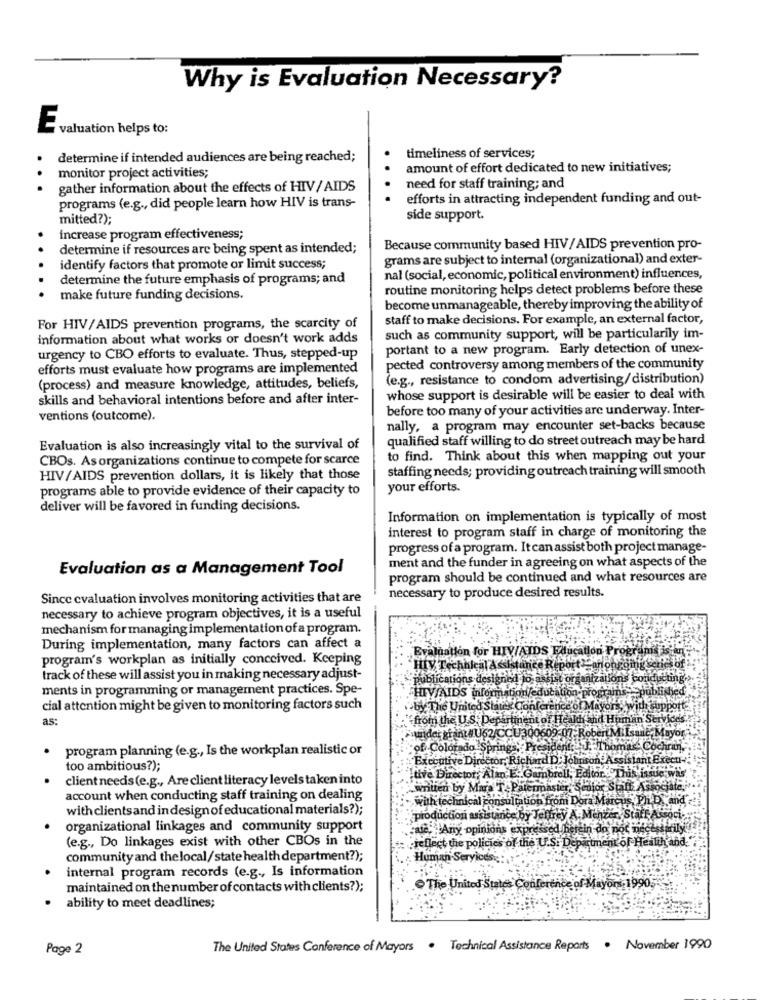
Why is Evaluation Necessary?
E.
valuation helps to:
determine if intended audiences are being reached;
timeliness of services;
amount of effort dedicated to new initiatives;
monitor project activities;
gather information about the effects of HIV/AIDS
need for staff training; and
programs (e.g ., did people learn how HIV is trans-
efforts in attracting independent funding and out-
mitted?);
side support.
Increase program effectiveness;
determine if resources are being spent as intended;
Because community based HIV/AIDS prevention pro-
grams are subject to internal (organizational) and exter-
identify factors that promote or limit success;
determine the future emphasis of programs; and
nal (social, economic, political environment) influences,
routine monitoring helps detect problems before these
make future funding decisions.
become unmanageable, thereby improving the ability of
staff to make decisions. For example, an external factor,
For HIV/AIDS prevention programs, the scarcity of
information about what works or doesn't work adds
such as community support, will be particularily im-
portant to a new program. Early detection of unex-
urgency to CBO efforts to evaluate. Thus, stepped-up
efforts must evaluate how programs are implemented
pected controversy among members of the community
(e.g ., resistance to condom advertising/distribution)
(process) and measure knowledge, attitudes, beliefs,
skills and behavioral intentions before and after inter-
whose support is desirable will be easier to deal with
before too many of your activities are underway. Inter-
ventions (outcome).
nally, a program may encounter set-backs because
qualified staff willing to do street outreach may be hard
Evaluation is also increasingly vital to the survival of
CBOs. As organizations continue to compete for scarce
to find. Think about this when mapping out your
staffing needs; providing outreach training will smooth
HIV/AIDS prevention dollars, it is likely that those
programs able to provide evidence of their capacity to
your efforts.
deliver will be favored in funding decisions.
Information on implementation is typically of most
interest to program staff in charge of monitoring the
progress of a program. It can assist both project manage-
ment and the funder in agreeing on what aspects of the
Evaluation as a Management Tool
program should be continued and what resources are
Since cvaluation involves monitoring activities that are
necessary to produce desired results.
necessary to achieve program objectives, it is a useful
mechanism for managing implementation of a program.
During implementation, many factors can affect a
Evaluation for HIV/AIDS Education
program's workplan as initially conceived. Keeping
HIV Techhleal Assistance Report
track of these will assist you in making necessary adjust-
publications desi
ments in programming or management practices. Spe-
blished
HIV/AIDS infor
ition/education p
cial attention might be given to monitoring factors such
by The United Star
Conference
ith support
as:
from the U.S. Departi
lent of Health and Human Services
under giant #U62/CCI
300609-07:
&, Mayor
program planning (e.g ., Is the workplan realistic or
of Colorado Spring
President
Cochran
Executive Director, Richard D: Johnson, Assistant Execu-
too ambitious?);
client needs(e.g ., Are client literacy levels taken into
tive Director, Alan E. Gambrell, Editor. Thi
issue
imnuen by Mara T. Patermaster, Se
Salt Associate
account when conducting staff training on dealing
with technical consultation from Dora'
cus Ph.D' and'
with clientsand indesignof educational materials?);
production assistance by Jeltrey A. Menzer, Staff Associ-
organizational linkages and community support
cute; Any opinions expressed herein do not necess
(e.g ., Do linkages exist with other CBOs in the
reflect the policies of the U.S. Department of Health and."
community and thelocal/state health department?);
Human Seryic
internal program records (e.g ., Is information
maintained on the number of contacts with clients?);
The United States Conference of Mayors:19905
ability to meet deadlines;
Page 2
The United States Conference of Mayors . Technical Assistance Reports . November 1990